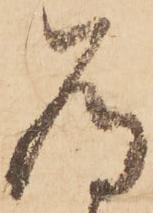
為